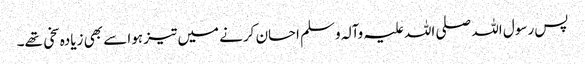
پس رسول اللہ صلی اللہ علیہ وآلہ وسلم احسان کرنے میں تیز ہوا سے بھی زیادہ سخی تھے۔